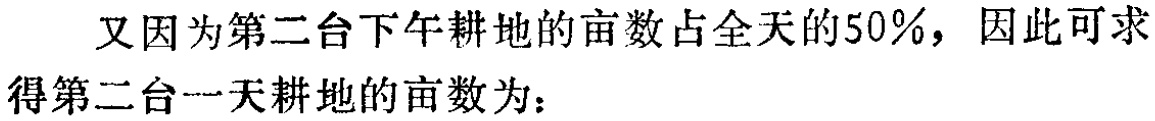
又因为第二台下午耕地的亩数占全天的50%，因此可求得第二台一天耕地的亩数为：